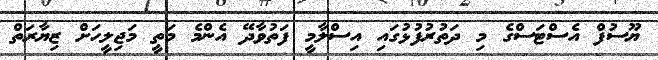
ޔޫސުފް އެސްޓަސްގެ މި ދަތުރުފުޅުގައި އިސްލާމީ ފަތުވާދޭ އެންމެ މަތީ މަޖިލީހަށް ޒިޔާރަތް